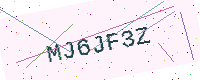
Text: MJ6JF3Z